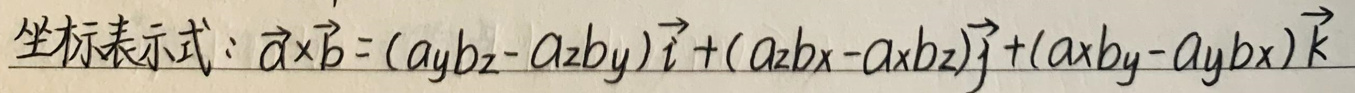
坐标表示式：$\vec{a}\times\vec{b}=(a_{y}b_{z}-a_{z}b_{y})\vec{i}+(a_{z}b_{x}-a_{x}b_{z})\vec{j}+(a_{x}b_{y}-a_{y}b_{x})\vec{k}$